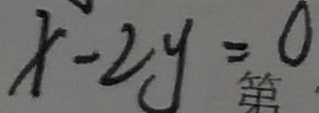
x - 2 y = 0